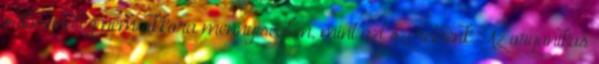
valószínűleg nem akkora mennyiségben, mint azt szeretnénk. Az organikus